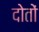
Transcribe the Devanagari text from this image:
दोतों